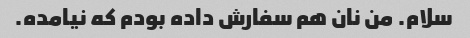
سلام. من نان هم سفارش داده بودم که نیامده.